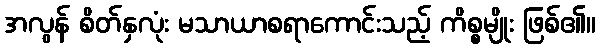
အလွန် စိတ်နှလုံး မသာယာစရာကောင်းသည့် ကိစ္စမျိုး ဖြစ်၏။